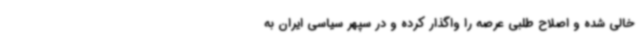
خالی شده و اصلاح طلبی عرصه را واگذار کرده و در سپهر سیاسی ایران به